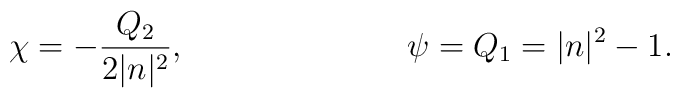
\chi = - \frac{Q_2}{2|n|^2}, \hspace{1.1in} \psi = Q_1 = |n|^2 - 1.